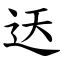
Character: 迗